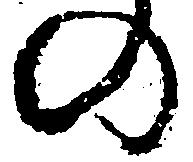
の